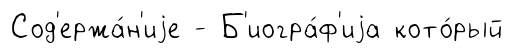
Сод'ержа́н'иjе - Б'иогра́ф'иjа кото́рый